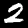
Label: 2